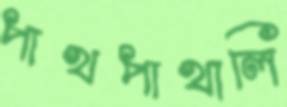
পাখপাখালি